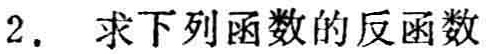
2. 求下列函数的反函数